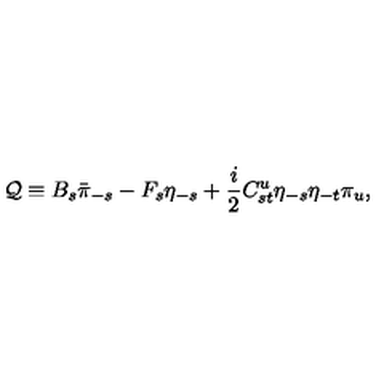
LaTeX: { \cal Q } \equiv B _ { s } \bar { \pi } _ { - s } - F _ { s } \eta _ { - s } + \frac { i } { 2 } C _ { s t } ^ { u } \eta _ { - s } \eta _ { - t } \pi _ { u } ,